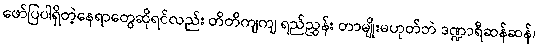
ဖော်ပြပါရှိတဲ့နေရာတွေဆိုရင်လည်း တိတိကျကျ ရည်ညွှန်း တာမျိုးမဟုတ်ဘဲ ဒဏ္ဍာရီဆန်ဆန်၊